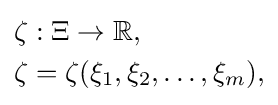
{\begin{aligned}&\zeta :\Xi \to \mathbb {R} ,\\&\zeta =\zeta (\xi _{1},\xi _{2},\ldots ,\xi _{m}),\end{aligned}}